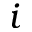
i